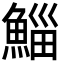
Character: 鯔